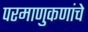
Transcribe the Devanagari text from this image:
परमाणुकणांचे